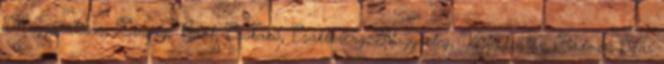
Magyaralmás, Zámoly, Gánt, Csókakő, Csákberény, Nagyveleg, Vértesboglár, Bodmér, Szár